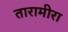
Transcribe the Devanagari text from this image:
तारामीरा